Medical and sanitary report of the native army of Bengal for the year
Year: 1875
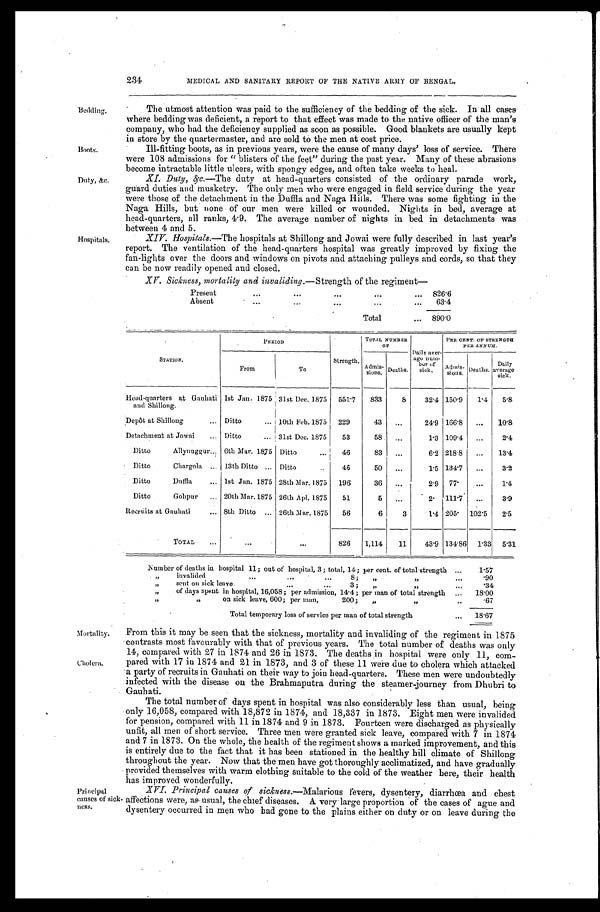
234
MEDICAL AND SANITARY REPORT OF THE NATIVE ARMY OF BENGAL.
Bedding.
Boots.
Duty, &c.
Hospitals.
The utmost attention was paid to the sufficiency of the bedding of the sick. In all cases
where bedding was deficient, a report to that effect was made to the native officer of the man's
company, who had the deficiency supplied as soon as possible. Good blankets are usually kept
in store by the quartermaster, and are sold to the men at cost price.
Ill-fitting boots, as in previous years, were the cause of many days' loss of service. There
were 108 admissions for "blisters of the feet" during the past year. Many of these abrasions
become intractable little ulcers, with spongy edges, and often take weeks to heal.
XI. Duty, &c.— T h e
d u t y a t h e a d - q u a r t e r s c o n s i s t e d o f t h e o r d i n a r y p a r a d e w o r k ,
guard duties and musketry. The only men who were engaged in field service during the year
were those of the detachment in the Duffla and Naga Hills. There was some fighting in the
Naga Hills, but none of our men were killed or wounded. Nights in bed, average at
head-quarters, all ranks, 4.9. The average number of nights in bed in detachments was
between 4 and 5.
XIV. Hospitals.—The hospitals at Shillong and Jowai were fully described in last year's
report. The ventilation of the head-quarters hospital was greatly improved by fixing the
fan-lights over the doors and windows on pivots and attaching pulleys and cords, so that they
can be now readily opened and closed.
XV. Sickness, mortality and invaliding.—Strength of the regiment—
Present
826.6
Absent
63. 4
Total
890. 0
STATION.
PERIOD
Strength.
TOTAL NUMBER
OF
Daily aver-
age num-
ber of
sick.
PER CENT. OF STRENGTH
PER ANNUM.
From
To
Admis- sions. Deaths.
Admis- sions. Deaths. Daily
average sick.
Head-quarters at Gauhati
and Shillong.
1st Jan. 1875 31st Dec. 1875 551.7 833
8 32.4 150.9 1.4 5 . 8
Depôt at Shillong
Ditto
10th Feb. 1875 229
43
24.9 166.8
1 0 . 8
Detachment at Jowai
Ditto
31st Dec. 1875 53
58
1.3 109.4
2 . 4
Ditto Allynuggur 6th Mar. 1875 Ditto
4 6
83
6.2 218.8
1 3 . 4
Ditto Chargola
13th Ditto
Ditto
46
50
1.5 134.7
3.2
Ditto Duffla 1st Jan. 1875 28th Mar. 1875 196
36
2.9 77.
1.4
Ditto Gohpur
20th Mar.1875 26th Apl. 1875 51
5
2 . 111.7
3 . 9
Recruits at Gauhati 8th Ditto
26th Mar. 1875 56
6
3
1.4 205. 102.5 2.5
TOTAL
826 1,114 11 43.9 134.86 1.33 5.31
Number of deaths in hospital 11; out of hospital, 3; total, 14; per cent. of total strength
1.57
" invalided 8; " "
.90
" sent on sick leave 3; " "
.34
" of days spent in hospital, 16,058; per admission, 14.4; per man of total strength 18. 00
" " on sick leave, 600; per man 200; " "
.67
Total temporary loss of service per man of total strength
18.67
Mortality.
Cholera.
Principal
causes of sick.
ness.
From this it may be seen that the sickness, mortality and invaliding of the regiment in 1875
contrasts most favourably with that of previous years. The total number of deaths was only
14, compared with 27 in 1874 and 26 in 1873. The deaths in hospital were only 11, com
-pared with 17 in 1874 and 21 in 1873, and 3 of these 11 were due to cholera which attacked
a party of recruits in Gauhati on their way to join head-quarters. These men were undoubtedly
infected with the disease on the Brahmaputra during the steamer-journey from Dhubri to
Gauhati.
The total number of days spent in hospital was also considerably less than usual, being
only 16,058, compared with 18,872 in 1874, and 18,337 in 1873. Eight men were invalided
for pension, compared with 11 in 1874 and 9 in 1873. Fourteen were discharged as physically
unfit, all men of short service. Three men were granted sick leave, compared with 7 in 1874
and 7 in 1873. On the whole, the health of the regiment shows a marked improvement, and this
is entirely due to the fact that it has been stationed in the healthy hill climate of Shillong
throughout the year. Now that the men have got thoroughly acclimatized, and have gradually
provided themselves with warm clothing suitable to the cold of the weather here, their health
has improved wonderfully.
XVI. Principal causes of sickness .—Malarious fevers, dysentery, diarrhœa and chest
affections were, as usual, the chief diseases. A. very-large proportion of the cases of ague and
dysentery occurred in men who had gone to the plains either on duty or on leave during the